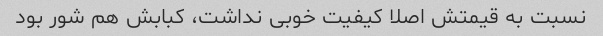
نسبت به قیمتش اصلا کیفیت خوبی نداشت، کبابش هم شور بود